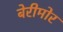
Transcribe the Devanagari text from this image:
बेरीमोर